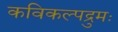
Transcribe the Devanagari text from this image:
कविकल्पद्रुमः